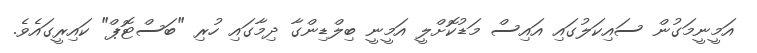
އަމީނީމަގުން ސައިކަލުގައި އައިސް މަޑުކޮށްލީ އަމީނީ ބިލްޑިންގާ ދިމާގައި ހުރި "ބަސްޓޮޕް" ކައިރީގައެވެ.